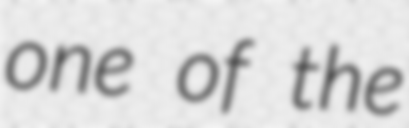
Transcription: one of the